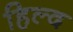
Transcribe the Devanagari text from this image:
हिल्द